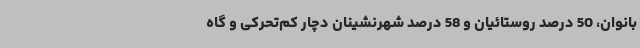
بانوان، 50 درصد روستائیان و 58 درصد شهرنشینان دچار کم‌تحرکی و گاه